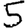
Digit: 5